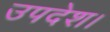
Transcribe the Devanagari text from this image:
उपदेश।